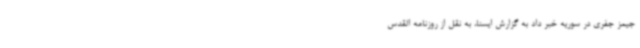
جیمز جفری در سوریه خبر داد به گزارش ایسنا، به نقل از روزنامه القدس